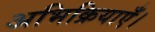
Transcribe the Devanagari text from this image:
अभिक्रियाएँ।